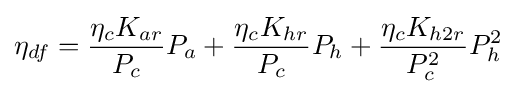
\eta _{df}={\frac {\eta _{c}K_{ar}}{P_{c}}}P_{a}+{\frac {\eta _{c}K_{hr}}{P_{c}}}P_{h}+{\frac {\eta _{c}K_{h2r}}{P_{c}^{2}}}P_{h}^{2}